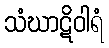
သံဃာဋိဝါရံ